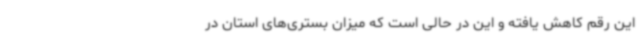
این رقم کاهش یافته و این در حالی است که میزان بستری‌های استان در